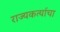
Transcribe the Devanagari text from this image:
राज्यकर्त्याचा